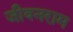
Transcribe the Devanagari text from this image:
जीवनराम